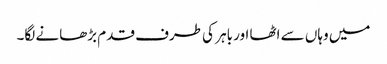
میں وہاں سے اٹھا اور باہر کی طرف قدم بڑھانے لگا۔